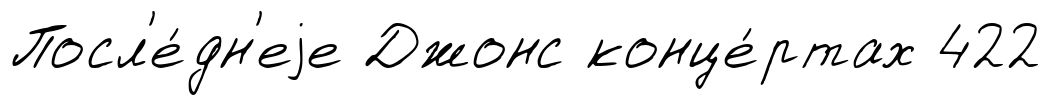
Посл'е́дн'еjе Джонс конце́ртах 422